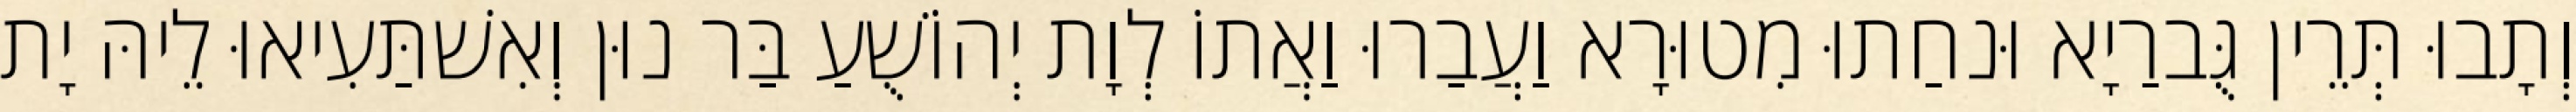
וְתָבוּ תְּרֵין גֻּברַיָא וּנחַתוּ מִטוּרָא וַעֲבַרוּ וַאֲתוֹ לְוָת יְהוֹשֻׁעַ בַּר נוּן וְאִשׁתַּעִיאוּ לֵיהּ יָת